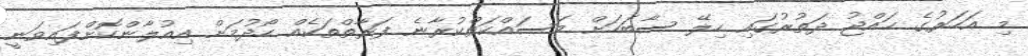
މި އަހަރުގެ ޙައްޖު ދަތުރުގައި ހިލޭ ސާބަހަށް މަސައްކަތްކުރާނެ ފަރާތްތަކެއް ހޯދުމަށް އިއުލާންކޮށްފައިވަނީ